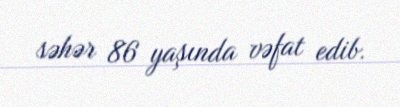
səhər 86 yaşında vəfat edib.